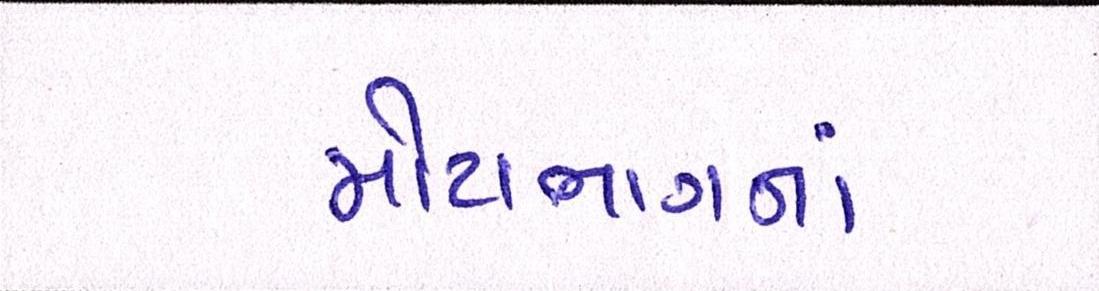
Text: મોટાભાગનાં